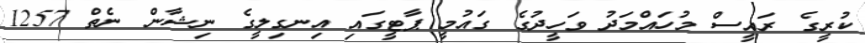
ކުރީގެ ރައީސް މުހައްމަދު ވަހީދުގެ ގައުމީ ޕާޓީގައި އިނގިލީގެ ނިޝާން ނެތް 1257